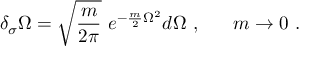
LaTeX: \delta _ { \sigma } \Omega = \sqrt { \frac { m } { 2 \pi } } \ e ^ { - \frac m 2 \Omega ^ { 2 } } d \Omega \ , \ \ \ \ \ m \rightarrow 0 \ .